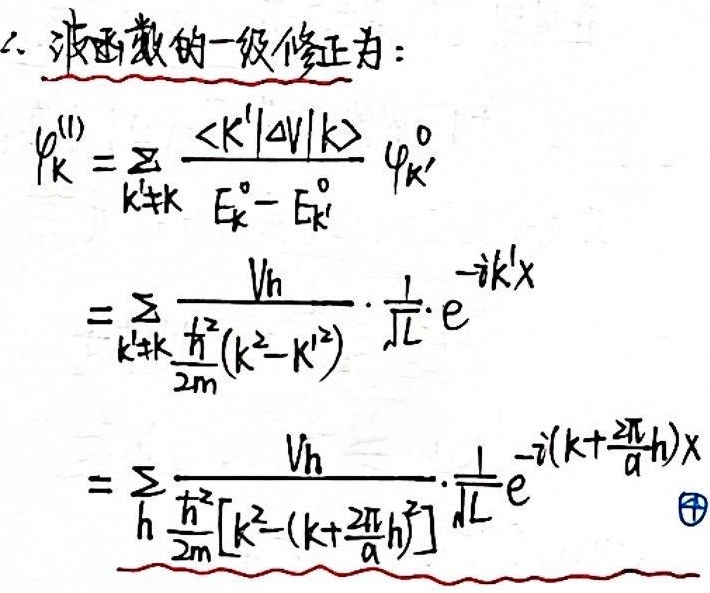
波函数的一级修正为：
\[\begin{align*}
\varphi_{k}^{(1)}&=\sum_{k'\neq k}\frac{\langle k'|\Delta V|k\rangle}{E_{k}^{0}-E_{k'}^{0}}\varphi_{k'}^{0}\\
&=\sum_{k'\neq k}\frac{V_{h}}{\frac{\hbar^{2}}{2m}(k^{2}-k'^{2})}\cdot\frac{1}{\sqrt{L}}\cdot e^{-ik'x}\\
&=\sum_{h}\frac{V_{h}}{\frac{\hbar^{2}}{2m}\left[k^{2}-(k + \frac{2\pi}{\alpha}h)^{2}\right]}\cdot\frac{1}{\sqrt{L}}e^{-i(k+\frac{2\pi}{\alpha}h)x} \textcircled{4}
\end{align*}\]